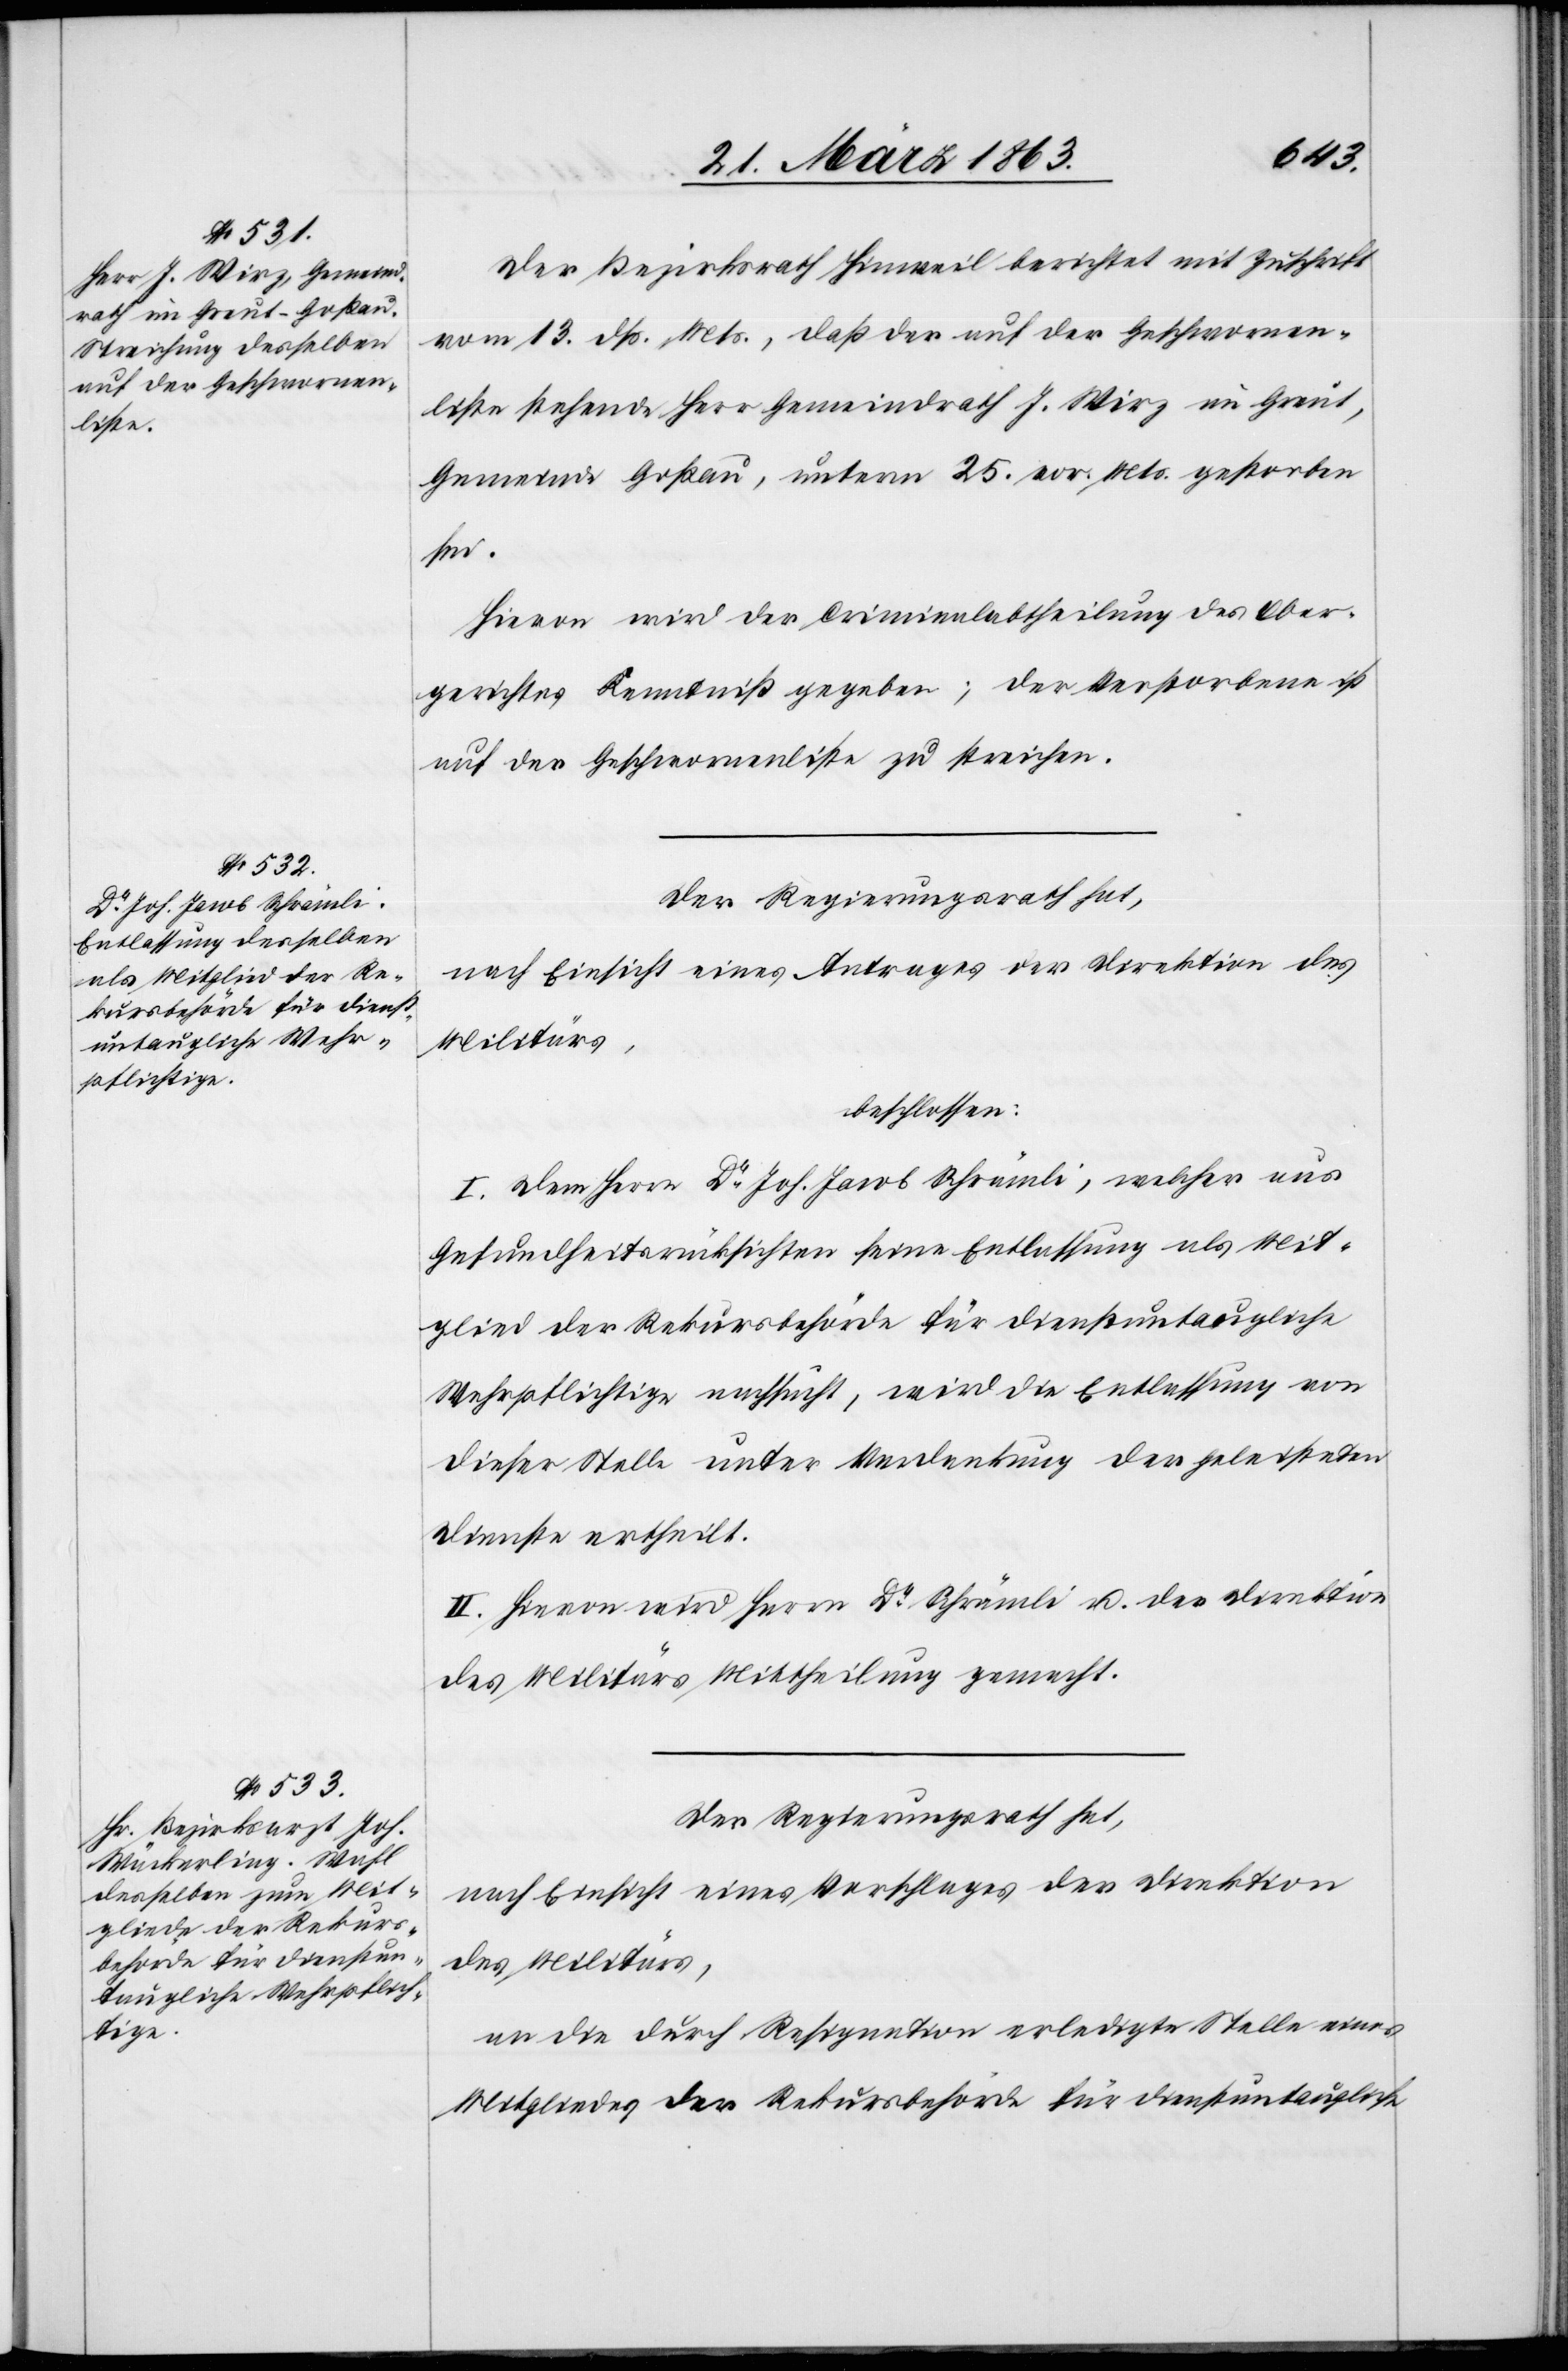
Der Bezirksrath Hinweil berichtet mit Zuschrift
vom 13. dß. Mts., daß der auf der Geschwornen¬
liste stehende Herr Gemeindrath J. Wirz im Greut,
Gemeinde Goßau, unterm 25. vor. Mts. gestorben
sei.
Hievon wird der Criminalabtheilung des Ober¬
gerichtes Kenntniß gegeben; der Verstorbene ist
auf der Geschwornenliste zu streichen.
Der Regierungsrath hat,
nach Einsicht eines Antrages der Direktion des
Militärs,
beschlossen:
I. Dem Herrn Dr Joh. Jacob Schrämli, welcher aus
Gesundheitsrücksichten seine Entlassung als Mit¬
glied der Rekursbehörde für dienstuntaugliche
Wehrpflichtige nachsucht, wird die Entlassung von
dieser Stelle unter Verdankung der geleisteten
Dienste ertheilt.
II. Hievon wird Herrn Dr Schrämli u. der Direktion
des Militärs Mittheilung gemacht.
an die durch Resignation erledigte Stelle eines
Mitgliedes der Rekursbehörde für dienstuntaugliche